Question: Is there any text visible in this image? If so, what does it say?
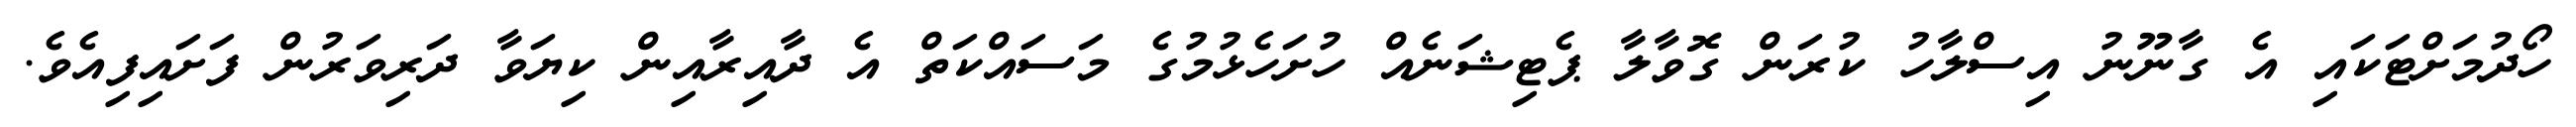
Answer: ހޯދުމަށްޓަކައި އެ ގާނޫނު އިސްލާހު ކުރަން ގޮވާލާ ޕެޓިޝަނެއް ހުށަހެޅުމުގެ މަސައްކަތް އެ ދާއިރާއިން ކިޔަވާ ދަރިވަރުން ފަށައިފިއެވެ.